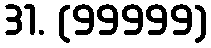
31. (99999)